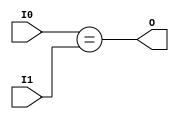
module coreir_eq_2_wrapped (
    input [1:0] I0,
    input [1:0] I1,
    output O
);
assign O = I0 == I1;
endmodule